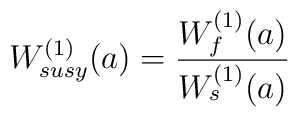
W_{susy}^{(1)}(a) = {W_{f}^{(1)}(a)\over W_{s}^{(1)}(a)}